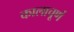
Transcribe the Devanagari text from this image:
कालाचूर्ण